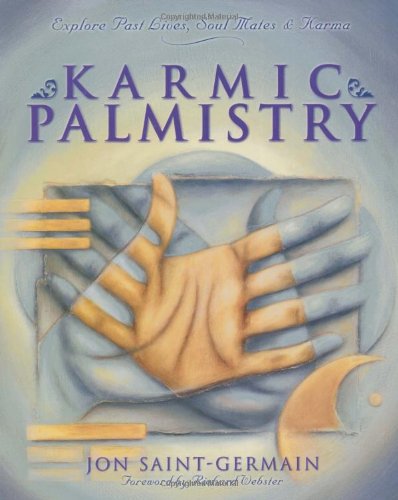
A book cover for Karmic Palmistry: Explore Past Lives, Soul Mates, & Karma; Jon Saint-Germain; Religion & Spirituality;